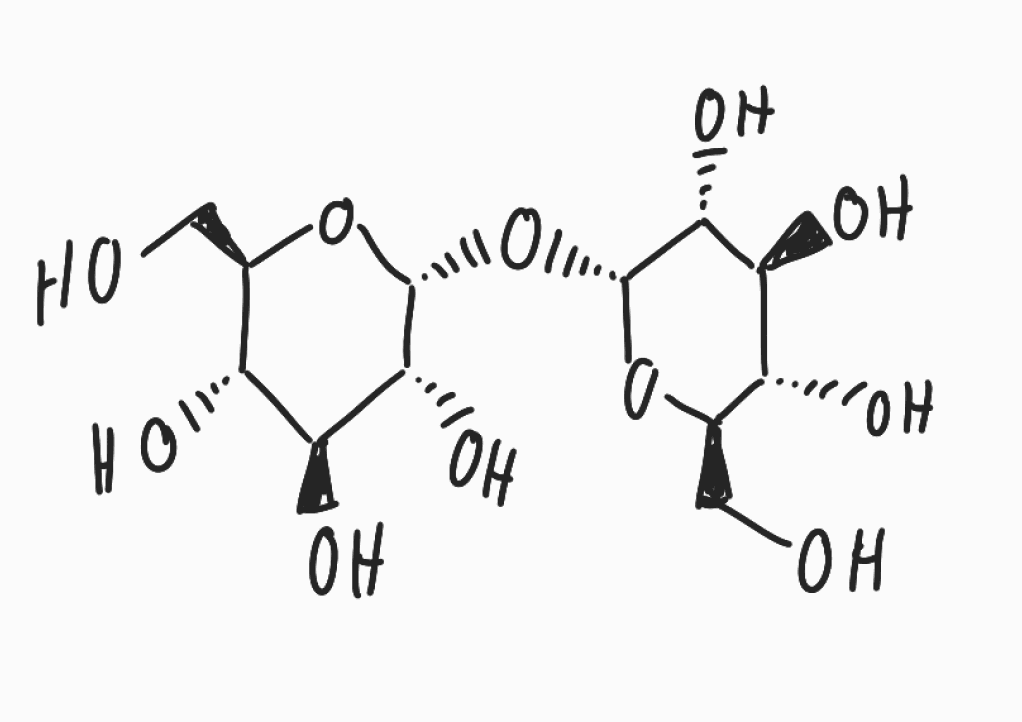
Simplified molecular-input line-entry system (SMILES) notation of the given molecule:
C([C@@H]1[C@H]([C@@H]([C@H]([C@H](O1)O[C@@H]2[C@@H]([C@H]([C@@H]([C@H](O2)CO)O)O)O)O)O)O)O